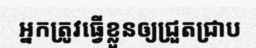
អ្នកត្រូវធ្វើខ្លួនឲ្យជ្រួតជ្រាប